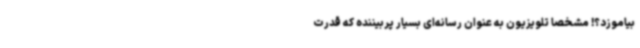
بیاموزد؟! مشخصا تلویزیون به عنوان رسانه‌ای بسیار پربیننده که قدرت